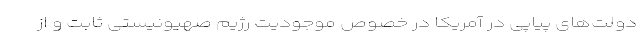
دولت‌های پیاپی در آمریکا در خصوص موجودیت رژیم صهیونیستی ثابت و از